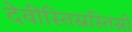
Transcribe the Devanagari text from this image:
देवीस्तिस्रस्तिस्रो